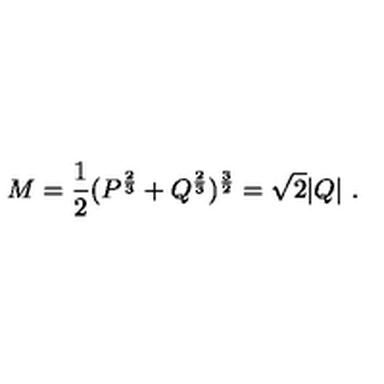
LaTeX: M = { \frac { 1 } { 2 } } ( P ^ { \frac { 2 } { 3 } } + Q ^ { \frac { 2 } { 3 } } ) ^ { \frac { 3 } { 2 } } = \sqrt 2 | Q | \ .